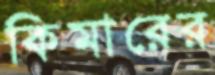
কিমারের